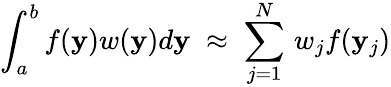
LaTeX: \int_{a}^{b}f(\mathbf{y})w(\mathbf{y})d\mathbf{y}\; \approx\; \sum_{j=1}^{N}\, w_{j}f(\mathbf{y}_{j})